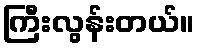
ကြီးလွန်းတယ်။